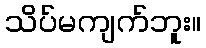
သိပ်မကျက်ဘူး။